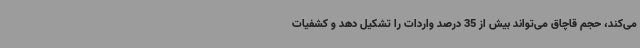
می‌کند، حجم قاچاق می‌تواند بیش از 35 درصد واردات را تشکیل دهد و کشفیات